Indian journal of veterinary science and animal husbandry - Volumes 18-21, 1948-1951
Year: 1948
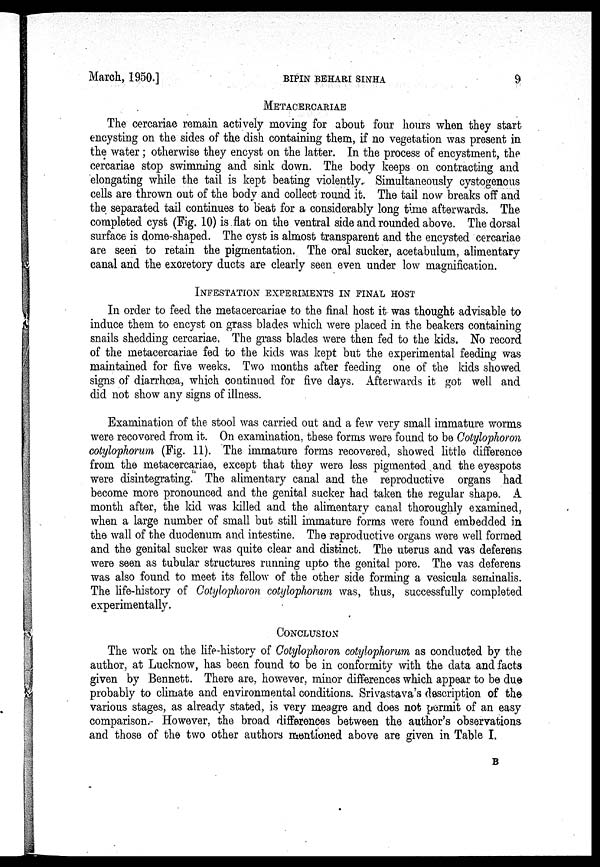
March, 1950.]
BIPIN
BEHARI
SINHA
9
METACERCARIAE
The cercariae remain actively moving for about four hours when they start
encysting on the sides of the dish containing them, if no vegetation was present in
the water ; otherwise they encyst on the latter. In the process of encystment, the
cercariae stop swimming and sink down. The body keeps on contracting and
elongating while the tail is kept beating violently.. Simultaneously cystogenous
cells are thrown out of the body and collect round it. The tail now breaks off and
the separated tail continues to beat for a considerably long time afterwards. The
completed cyst (Fig. 10) is flat on the ventral side and rounded above. The dorsal
surface is dome-shaped. The cyst is almost transparent and the encysted cercariae
are seen to retain the pigmentation. The oral sucker, acetabulum, alimentary
canal and the excretory ducts are clearly seen even under low magnification.
INFESTATION EXPERIMENTS IN FINAL HOST
In order to feed the metacercariae to the final host it was thought advisable to
induce them to encyst on grass blades which were placed in the beakers containing
snails shedding cercariae. The grass blades were then fed to the kids. No record
of the metacercariae fed to the kids was kept but the experimental feeding was
maintained for five weeks. Two months after feeding one of the kids showed
signs of diarrhœa, which continued for five days. Afterwards it got well and
did not show any signs of illness.
Examination of the stool was carried out and a few very small immature worms
were recovered from it. On examination, these forms were found to be Cotylophoron
cotylophorum (Fig. 11). The immature forms recovered, showed little difference
from the metacercariae, except that they were less pigmented and the eyespots
were disintegrating. The alimentary canal and the reproductive organs had
become more pronounced and the genital sucker had taken the regular shape. A
month after, the kid was killed and the alimentary canal thoroughly examined,
when a large number of small but still immature forms were found embedded in
the wall of the duodenum and intestine. The reproductive organs were well formed
and the genital sucker was quite clear and distinct. The uterus and vas deferens
were seen as tubular structures running upto the genital pore. The vas deferens
was also found to meet its fellow of the other side forming a vesicula seminalis.
The life-history of Cotylophoron cotylophorum was, thus, successfully completed
experimentally.
CONCLUSION
The work on the life-history of Cotylophoron cotylophorum as conducted by the
author, at Lucknow, has been found to be in conformity with the data and facts
given by Bennett. There are, however, minor differences which appear to be due
probably to climate and environmental conditions. Srivastava's description of the
various stages, as already stated, is very meagre and does not permit of an easy
comparison. However, the broad differences between the author's observations
and those of the two other authors mentioned above are given in Table I.
B